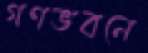
গণভবনে